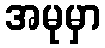
အမုမှာ